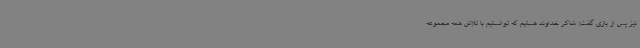
نیز پس از بازی گفت: شاکر خداوند هستیم که توانستیم با تلاش همه مجموعه